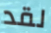
لقد